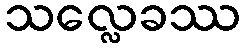
သလ္လေခဿ